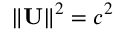
\| \mathbf { U } \| ^ { 2 } = c ^ { 2 }